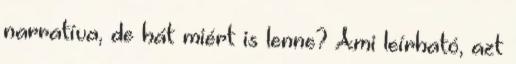
narratíva, de hát miért is lenne? Ami leírható, azt